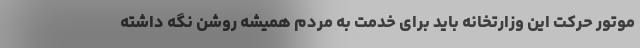
موتور حرکت این وزارتخانه باید برای خدمت به مردم همیشه روشن نگه داشته